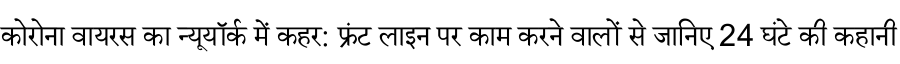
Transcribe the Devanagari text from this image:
कोरोना वायरस का न्यूयॉर्क में कहर: फ्रंट लाइन पर काम करने वालों से जानिए 24 घंटे की कहानी